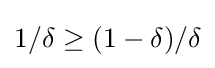
1/\delta \geq (1-\delta )/\delta \,\!